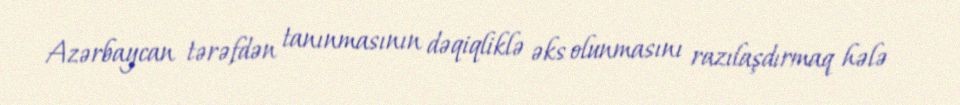
Azərbaycan tərəfdən tanınmasının dəqiqliklə əks olunmasını razılaşdırmaq hələ